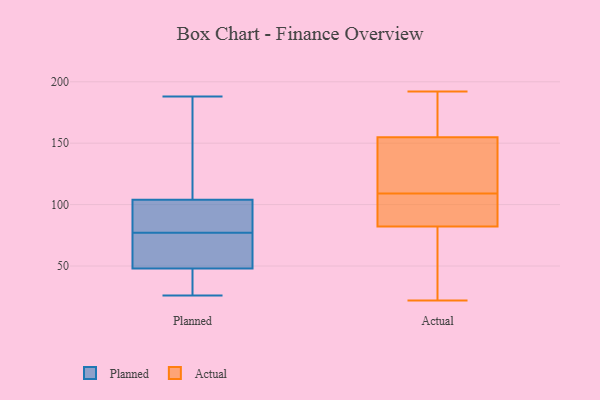
{"axis": {"x": "Operating Costs (USD K)", "y": "Value"}, "legend": ["Actual", "Planned"], "data": [{"x": "", "y": 85, "type": "Planned"}, {"x": "", "y": 33, "type": "Planned"}, {"x": "", "y": 69, "type": "Planned"}, {"x": "", "y": 188, "type": "Planned"}, {"x": "", "y": 26, "type": "Planned"}, {"x": "", "y": 159, "type": "Planned"}, {"x": "", "y": 59, "type": "Planned"}, {"x": "", "y": 104, "type": "Planned"}, {"x": "", "y": 48, "type": "Planned"}, {"x": "", "y": 97, "type": "Planned"}, {"x": "", "y": 65, "type": "Actual"}, {"x": "", "y": 115, "type": "Actual"}, {"x": "", "y": 126, "type": "Actual"}, {"x": "", "y": 144, "type": "Actual"}, {"x": "", "y": 109, "type": "Actual"}, {"x": "", "y": 106, "type": "Actual"}, {"x": "", "y": 160, "type": "Actual"}, {"x": "", "y": 88, "type": "Actual"}, {"x": "", "y": 109, "type": "Actual"}, {"x": "", "y": 182, "type": "Actual"}, {"x": "", "y": 192, "type": "Actual"}, {"x": "", "y": 98, "type": "Actual"}, {"x": "", "y": 24, "type": "Actual"}, {"x": "", "y": 153, "type": "Actual"}, {"x": "", "y": 22, "type": "Actual"}, {"x": "", "y": 30, "type": "Actual"}, {"x": "", "y": 175, "type": "Actual"}]}